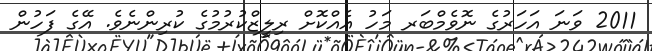
2011 ވަނަ އަހަރުގެ ނޮވެމްބަރ މަހު އެއްކޮށް ރިލީޒްކުރުމުގެ ކުރިންނެވެ. އޭގެ ފަހުން